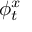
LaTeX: \phi _ { t } ^ { x }